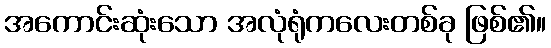
အကောင်းဆုံးသော အလုံရုံကလေးတစ်ခု ဖြစ်၏။